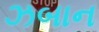
ઝબાન